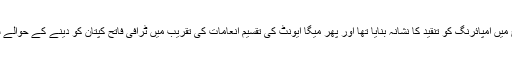
مصطفیٰ کمال نے ورلڈ کپ میں بھارت اور بنگلا دیش کے درمیان ہونے والے میچ میں امپائرنگ کو تنقید کا نشانہ بنایا تھا اور پھر میگا ایونٹ کی تقسیم انعامات کی تقریب میں ٹرافی فاتح کپتان کو دینے کے حوالے سے انہیں سائڈ لائن کرنے پر وہ میچ سے قبل ہی گراؤنڈ چھوڑ کر چلے گئے تھے۔